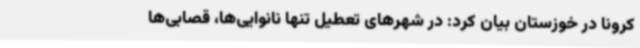
کرونا در خوزستان بیان کرد: در شهرهای تعطیل تنها نانوایی‌ها، قصابی‌ها